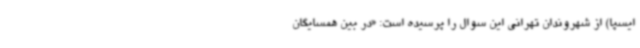
ایسپا) از شهروندان تهرانی این سوال را پرسیده است: «در بین همسایگان